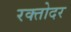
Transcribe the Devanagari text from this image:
रक्तोदर